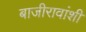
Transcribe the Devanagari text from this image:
बाजीरावांशी